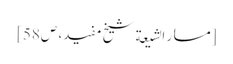
[مسار الشیعة شیخ مفید، ص58]